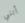
أنني